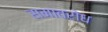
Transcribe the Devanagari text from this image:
समावरोध